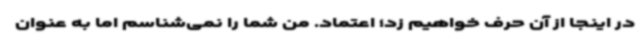
در اینجا از آن حرف خواهیم زد؛ اعتماد. من شما را نمی‌شناسم اما به عنوان